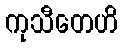
ကုသီတေဟိ